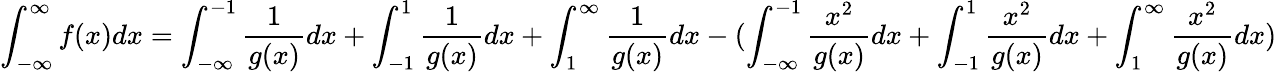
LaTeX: \int_{-\infty}^{\infty}f(x)dx=\int_{-\infty}^{-1}\frac 1{g(x)}dx+\int_{-1}^{1}\frac 1{g(x)}dx+\int_{1}^{\infty}\frac 1{g(x)}dx-(\int_{-\infty}^{-1}\frac{x^{2}}{g(x)}dx+\int_{-1}^{1}\frac{x^{2}}{g(x)}dx+\int_{1}^{\infty}\frac{x^{2}}{g(x)}dx)